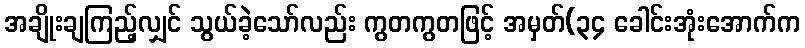
အချိုးချကြည့်လျှင် သွယ်ခဲ့သော်လည်း ကွတကွတဖြင့် အမှတ်(၃၄ ခေါင်းအုံးအောက်က